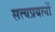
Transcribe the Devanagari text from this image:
सत्यप्रयत्नों